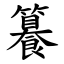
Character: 籑